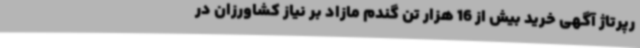
رپرتاژ آگهی خرید بیش از 16 هزار تن گندم مازاد بر نیاز کشاورزان در